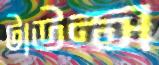
টাউন্স